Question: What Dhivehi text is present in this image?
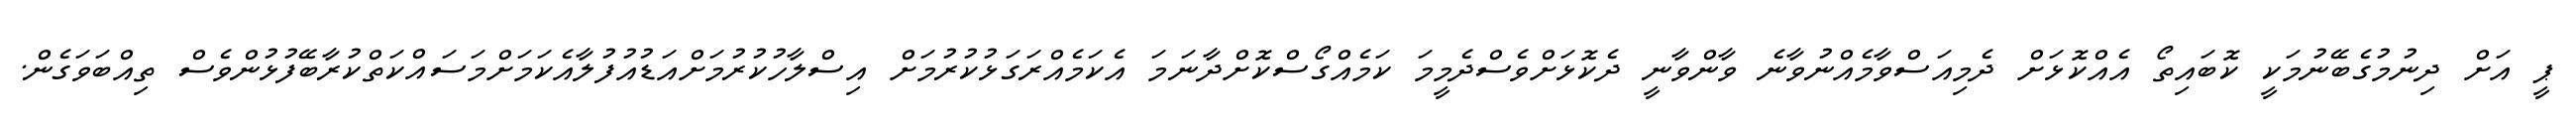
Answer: ޕީ އަށް ދިނުމުގެބޭނުމަކީ ކޮބައިތޯ އެއްކޮޅަށް ދެމިއަސްވާމެއްނުވާނެ ވާންވާނީ ދެކޮޅަށްވެސްދެމީމަ ކަމެއްގޯސްކޮށްދާނަމަ އެކަމެއްރަގަޅުކުރުމަށް އިސްލާހުކުރުމަށްއަޑުއުފުލާއެކަމަށްމަސައްކަތްކުރާބޭފުޅުންވެސް ތިއްބަވަގެން.